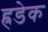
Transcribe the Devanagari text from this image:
ह्रडेक